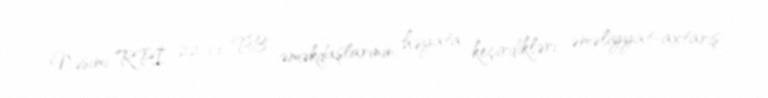
Nəsimi RPİ 22-ci PB əməkdaşlarının həyata keçirdikləri əməliyyat-axtarış